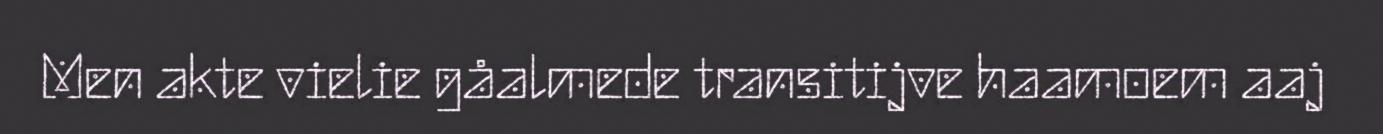
Men akte vielie gåalmede transitijve haamoem aaj